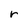
Character: r